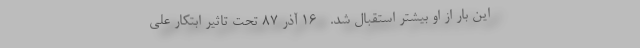
این بار از او بیشتر استقبال شد. - 16 آذر 87 تحت تاثیر ابتکار علی